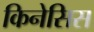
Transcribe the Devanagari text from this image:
किनेसिस